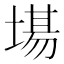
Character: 𭏍